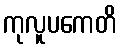
ကုလူပကေတိ